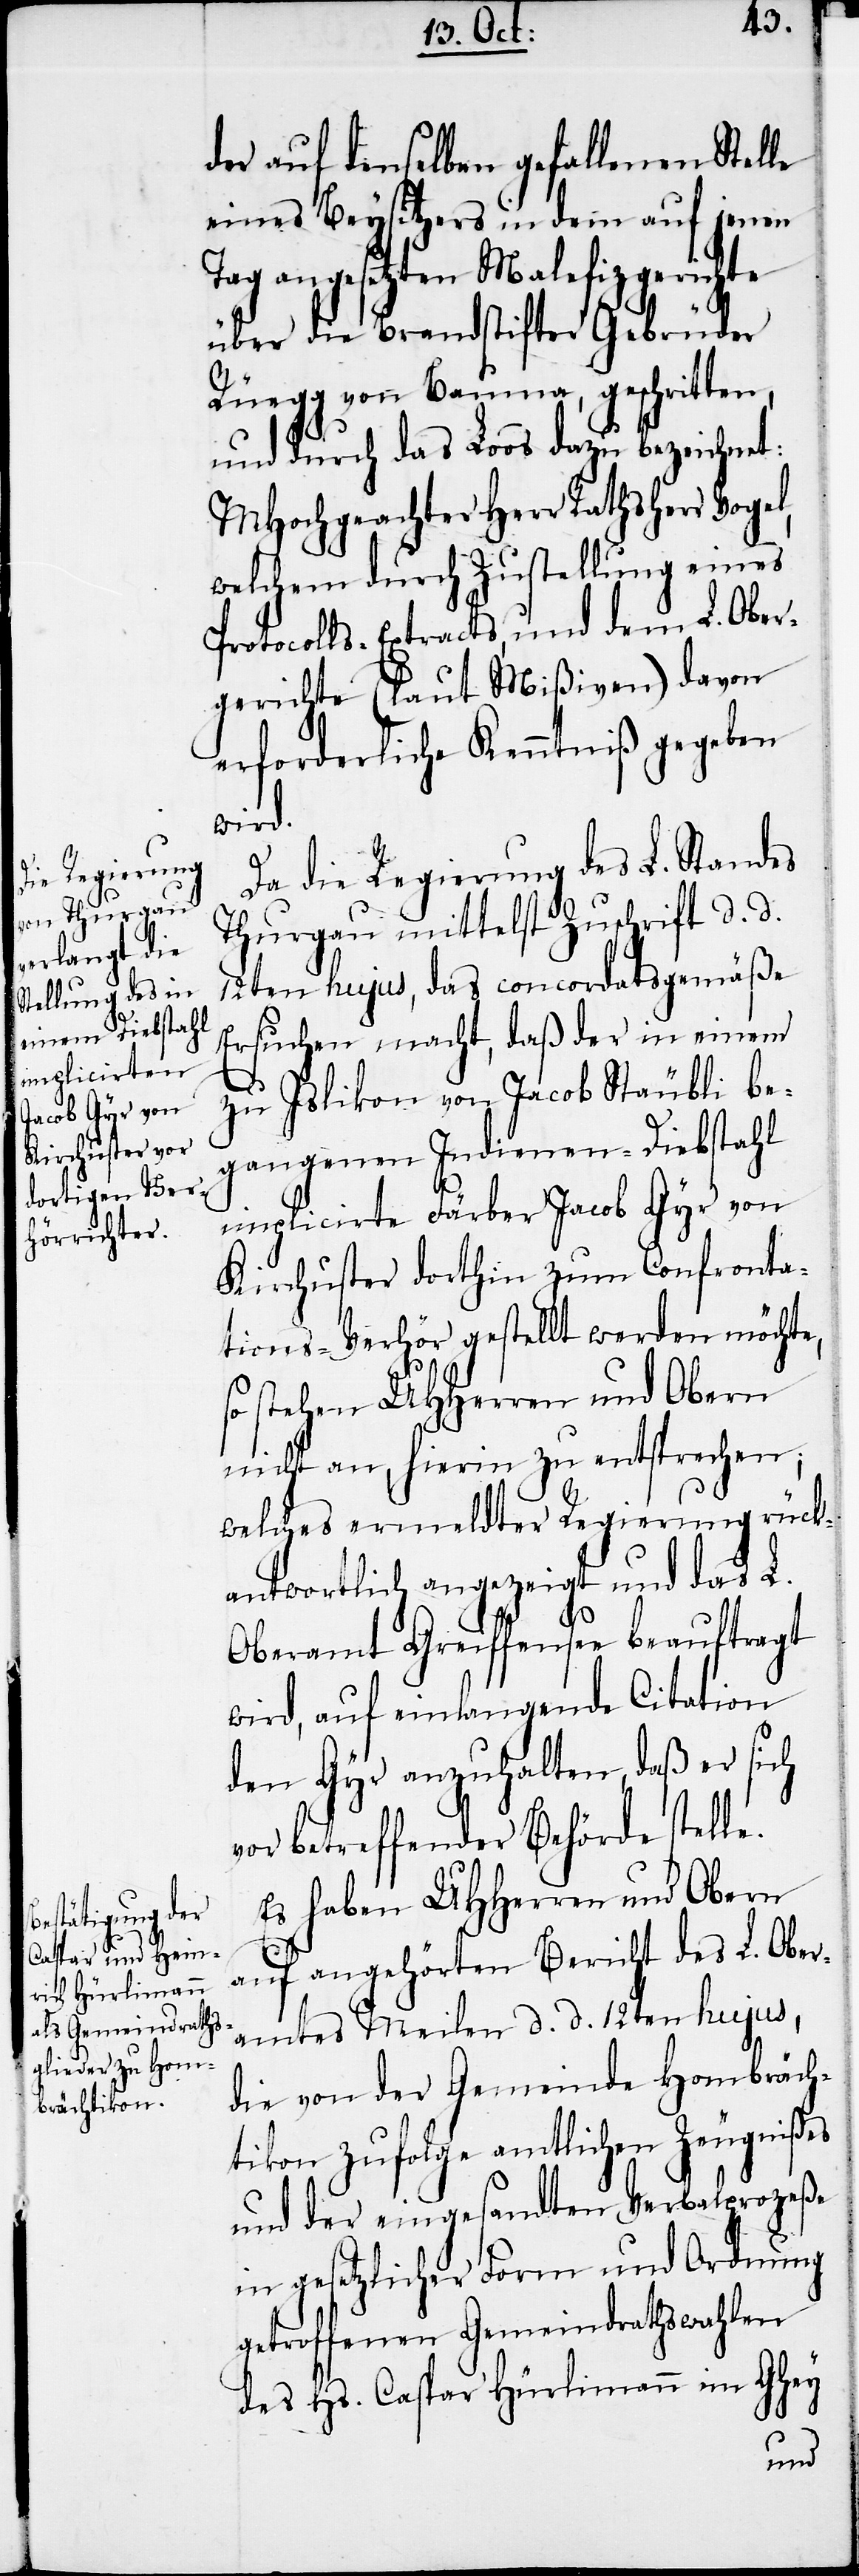
der auf denselben gefallenen Stelle
eines Beysitzers in dem auf jenen
Tag angesetzten Malefizgerichte
über die Brandstifter Gebrüder
Rüegg von Bauma, geschritten,
und durch das Loos dazu bezeichnet:
MHochgeachter Herr Rathsherr Vogel,
welchem durch Zustellung eines
Protocolls-Extracts, und dem L. Ober¬
gerichte (laut Mißiven) davon
erforderliche Kenntniß gegeben
wird.
Da die Regierung des L. Standes
Thurgau mittelst Zuschrift d. d.
12ten hujus, das concordatsgemäße
Ersuchen macht, daß der in einem
zu Islikon von Jacob Stäubli be¬
gangenen Indienen-Diebstahl
implicirte Färber Jacob Gyr von
Kirchuster dorthin zum Confronta¬
tions-Verhör gestellt werden möchte,
so stehen UHHerren und Obern
nicht an, hierin zu entsprechen;
welches ermeldter Regierung rück¬
antwortlich angezeigt und das L.
Oberamt Greiffensee beauftragt
wird, auf einlangende Citation
den Gyr anzuhalten, daß er sich
vor betreffender Behörde stelle.
Es haben UHHerren und Obern
auf angehörten Bericht des L. Ober¬
amtes Meilen d. d. 12ten hujus,
die von der Gemeinde Hombräch¬
tikon zufolge amtlichen Zeugnißes
und der eingesandten Verbalprozeße
in gesetzlicher Form und Ordnung
getroffenen Gemeindrathswahlen
des Hs. Caspar Hürlimann im Ghey